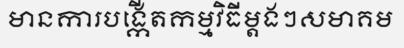
មានការបង្កើតកម្មវិធីម្តងៗសមាគម